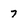
Character: 7